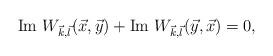
LaTeX: \begin{align*}{\rm Im}\ W_{\vec{k}, \vec{l}}(\vec{x}, \vec{y}) + {\rm Im}\ W_{\vec{k}, \vec{l}}(\vec{y}, \vec{x}) = 0,\end{align*}